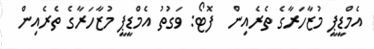
އެމްޑީޕީ މުޒާހަރާގެ ތެރެއިން  ފޮޓޯ: ވަގުތު އެމްޑީޕީ މުޒާހަރާގެ ތެރެއިން